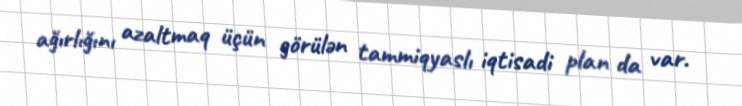
ağırlığını azaltmaq üçün görülən tammiqyaslı iqtisadi plan da var.